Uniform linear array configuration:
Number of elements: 12
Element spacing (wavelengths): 0.25
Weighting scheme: hann
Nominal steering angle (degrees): -15
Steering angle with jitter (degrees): -15.92
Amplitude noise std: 0.05
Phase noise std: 0.05

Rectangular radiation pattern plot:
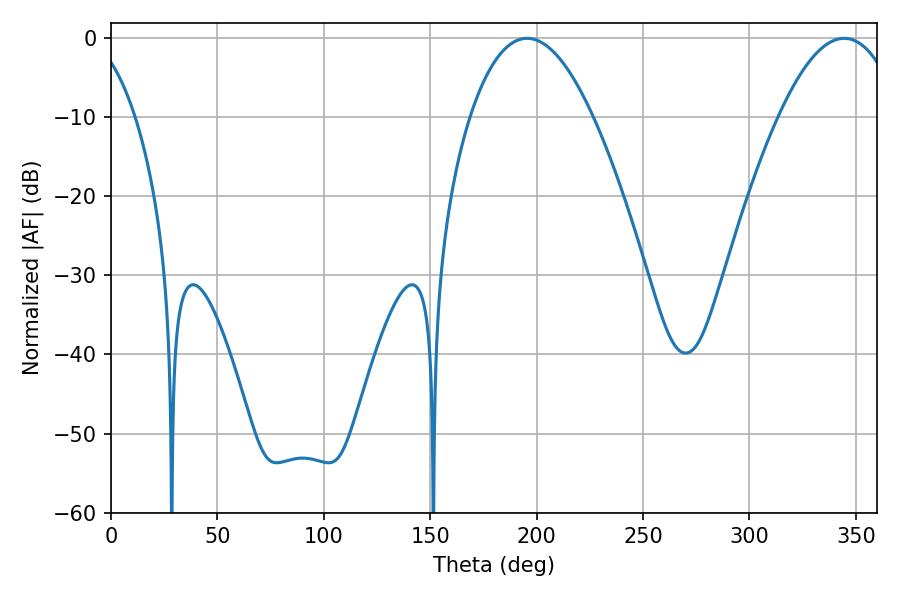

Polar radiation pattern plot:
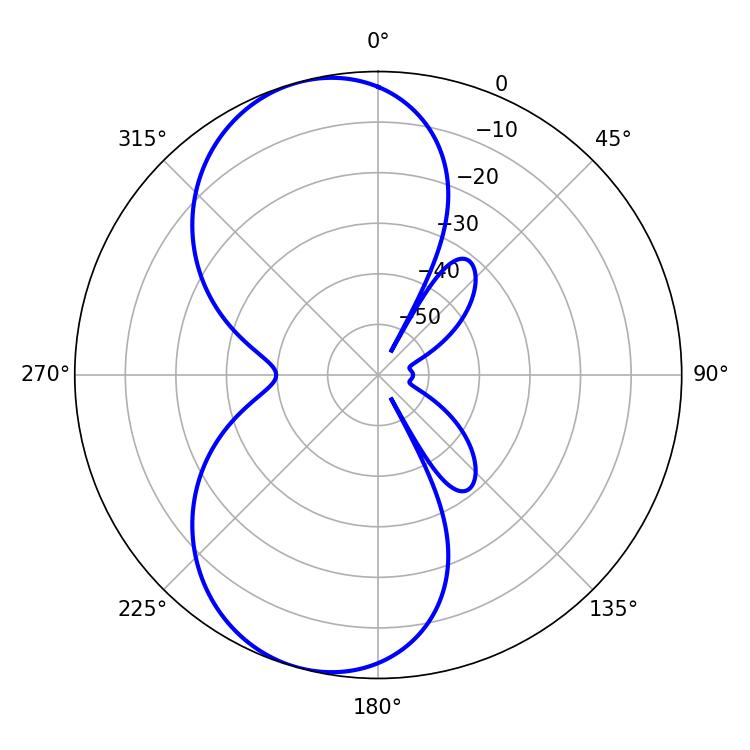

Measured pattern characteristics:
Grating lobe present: FALSE
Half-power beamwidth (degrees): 31.86
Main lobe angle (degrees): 195.48